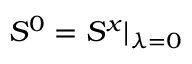
\begin{array} { r } { S ^ { 0 } = S ^ { x } \vert _ { \lambda = 0 } } \end{array}